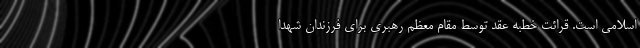
اسلامی است. قرائت خطبه عقد توسط مقام معظم رهبری برای فرزندان شهدا